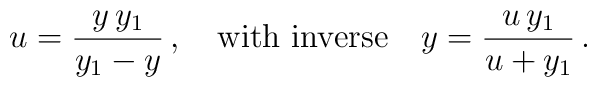
u=\frac{y\,y_1}{y_1-y}\,,\quad\mbox{with inverse} \quad y=\frac{u\,y_1}{u+y_1}\,.